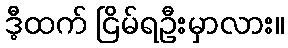
ဒီ့ထက် ငြိမ်ရဦးမှာလား။